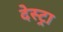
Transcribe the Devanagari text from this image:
देस्ट्रा